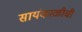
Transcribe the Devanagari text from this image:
सायंकाळीची